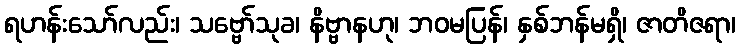
ရဟန်းသော်လည်း၊ သဗ္ဗော်သုခ၊ နိဗ္ဗာနဟု၊ ဘဝမပြန်၊ နှစ်ဘန်မရှိ၊ ဇာတိဇရာ၊